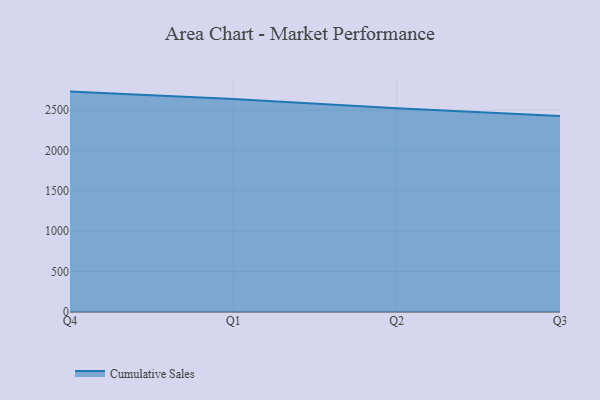
{"axis": {"x": "Quarter", "y": "Population (Million)"}, "legend": ["Cumulative Sales"], "data": [{"x": "Q4", "y": 2730.0, "type": "Cumulative Sales"}, {"x": "Q1", "y": 2639.7, "type": "Cumulative Sales"}, {"x": "Q2", "y": 2522.6, "type": "Cumulative Sales"}, {"x": "Q3", "y": 2426.3, "type": "Cumulative Sales"}]}